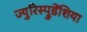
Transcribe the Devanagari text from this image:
ज्युरिस्प्रुडेंशिया